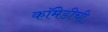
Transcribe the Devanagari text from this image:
कॉमेडीची